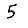
Digit: 5